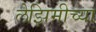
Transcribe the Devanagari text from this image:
लेझिमीच्या